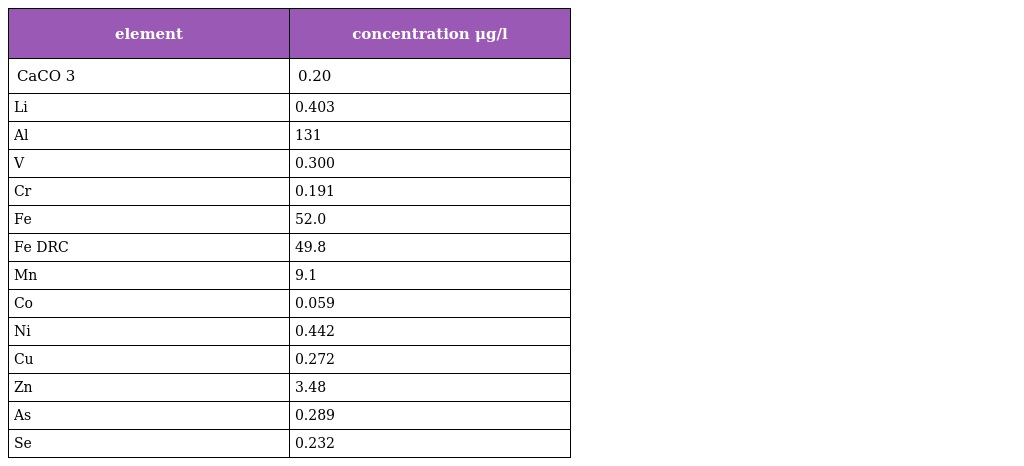
| element | concentration μg/l |
 | --- | --- |
 | CaCO 3 | 0.20 |
 | Li | 0.403 |
 | Al | 131 |
 | V | 0.300 |
 | Cr | 0.191 |
 | Fe | 52.0 |
 | Fe DRC | 49.8 |
 | Mn | 9.1 |
 | Co | 0.059 |
 | Ni | 0.442 |
 | Cu | 0.272 |
 | Zn | 3.48 |
 | As | 0.289 |
 | Se | 0.232 |